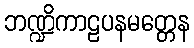
ဘဏ္ဍိကာဠပနမတ္တေန